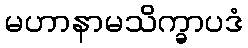
မဟာနာမသိက္ခာပဒံ